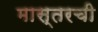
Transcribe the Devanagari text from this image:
मास्तरची